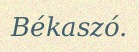
Békaszó.